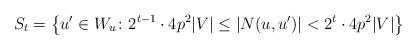
LaTeX: \begin{align*} S_t=\big\{u'\in W_u \colon 2^{t-1}\cdot 4p^2|V|\le |N(u,u')| <2^t\cdot 4p^2|V|\big\} \end{align*}